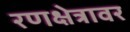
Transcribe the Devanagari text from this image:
रणक्षेत्रावर